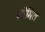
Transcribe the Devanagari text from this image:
ग्रोमित